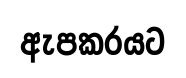
ඇපකරයට